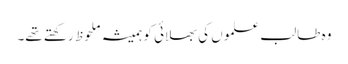
وہ طالب علموں کی بھلائی کو ہمیشہ ملحوظ رکھتے تھے۔